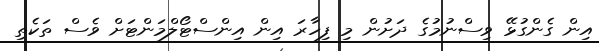
އިން ގެންގުޅޭ ވިސްނުމުގެ ދަށުން މި ފިހާރަ އިން އިންސްޓޯލްމަންޓަށް ވެސް ތަކެތި